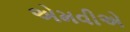
એમવીએ